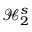
\mathcal { H } _ { 2 } ^ { s }